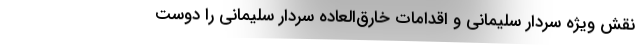
نقش ویژه سردار سلیمانی و اقدامات خارق‌العاده سردار سلیمانی را دوست